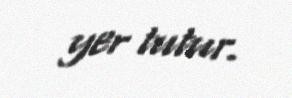
yer tutur.